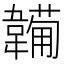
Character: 𩏕